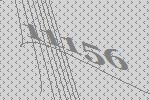
11156